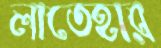
লাতেহার